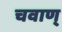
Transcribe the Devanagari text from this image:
चवाण्